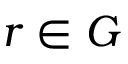
r \in G